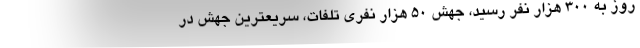
روز به ۳۰۰ هزار نفر رسید، جهش ۵۰ هزار نفری تلفات، سریعترین جهش در